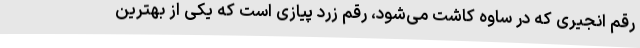
رقم انجیری که در ساوه کاشت می‌شود، رقم زرد پیازی است که یکی از بهترین